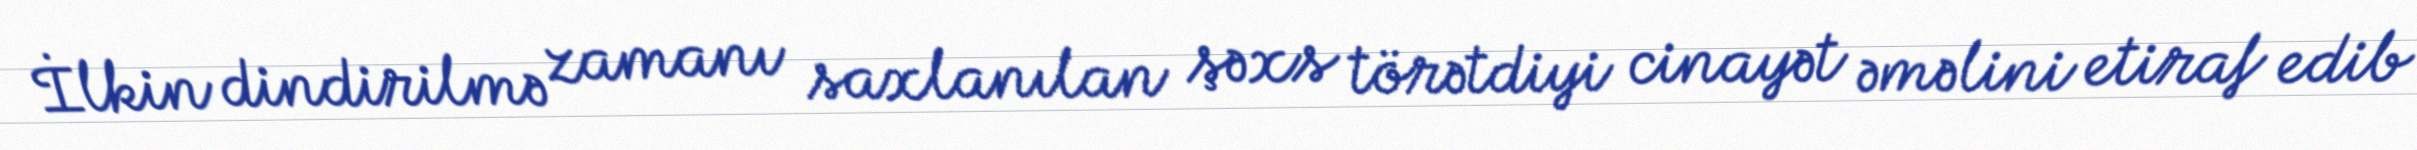
İlkin dindirilmə zamanı saxlanılan şəxs törətdiyi cinayət əməlini etiraf edib